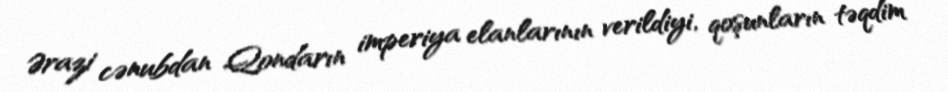
Ərazi cənubdan Qondarın imperiya elanlarının verildiyi, qoşunların təqdim